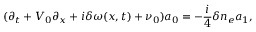
( \partial _ { t } + V _ { 0 } \partial _ { x } + i \delta \omega ( x , t ) + \nu _ { 0 } ) a _ { 0 } = - \frac { i } { 4 } \delta n _ { e } a _ { 1 } ,